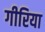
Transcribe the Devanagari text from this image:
गीरिया